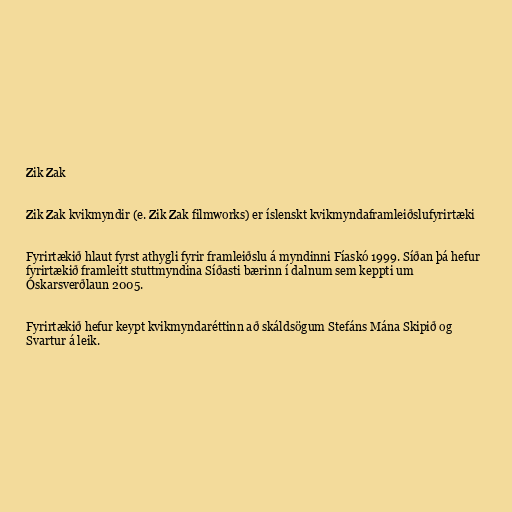
Zik Zak

Zik Zak kvikmyndir (e. Zik Zak filmworks) er íslenskt kvikmyndaframleiðslufyrirtæki

Fyrirtækið hlaut fyrst athygli fyrir framleiðslu á myndinni Fíaskó 1999. Síðan þá hefur
fyrirtækið framleitt stuttmyndina Síðasti bærinn í dalnum sem keppti um
Óskarsverðlaun 2005.

Fyrirtækið hefur keypt kvikmyndaréttinn að skáldsögum Stefáns Mána Skipið og
Svartur á leik.